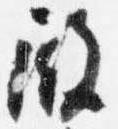
殿